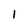
Character: 1